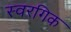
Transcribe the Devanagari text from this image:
स्वरगिक